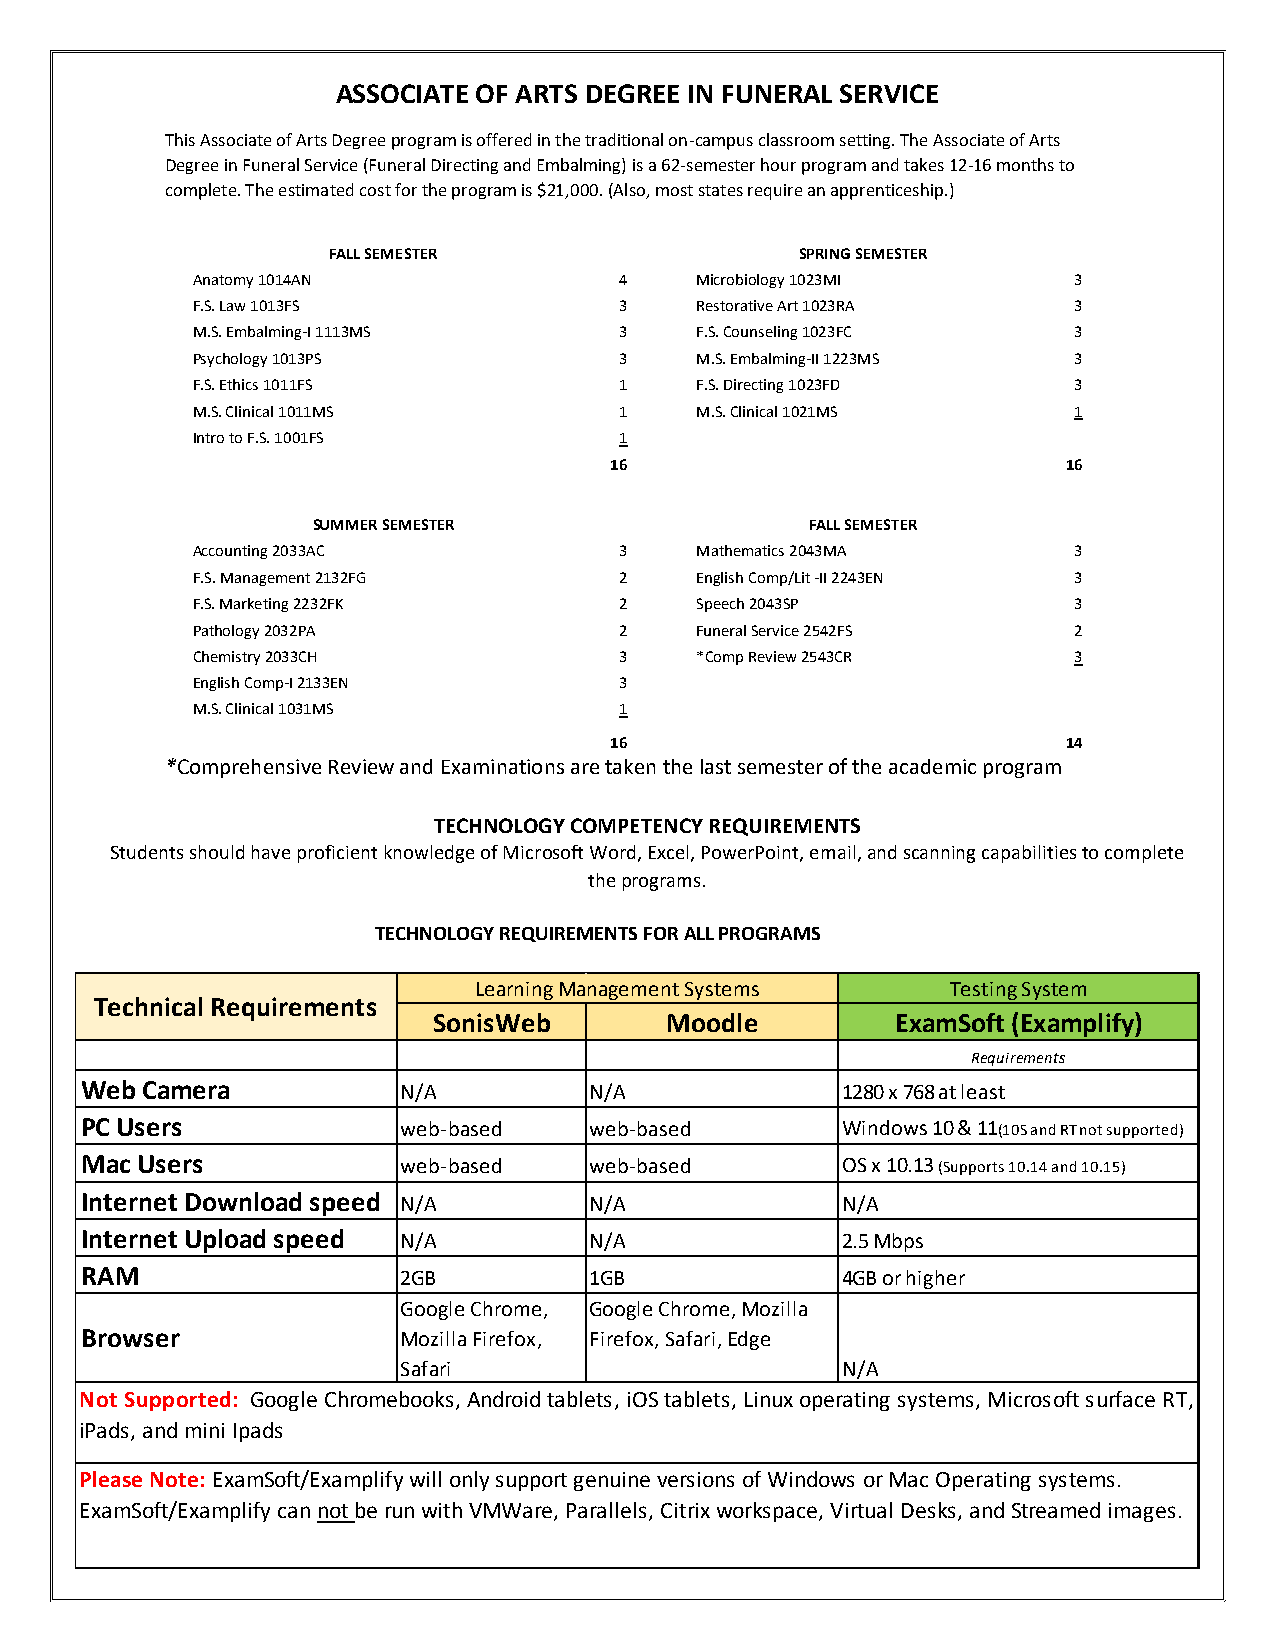
ASSOCIATE OF ARTS DEGREE IN FUNERAL SERVICE
 This Associate of Arts Degree program is offered in the traditional on-campus classroom setting. The Associate of Arts
 Degree in Funeral Service (Funeral Directing and Embalming) is a 62-semester hour program and takes 12-16 months to
 complete. The estimated cost for the program is $21,000. (Also, most states require an apprenticeship.)
 FALL SEMESTER                  SPRING SEMESTER
 Anatomy 1014AN              4    Microbiology 1023MI      3
 F.S. Law 1013FS             3    Restorative Art 1023RA   3
 M.S. Embalming-I 1113MS     3    F.S. Counseling 1023FC   3
 Psychology 1013PS           3    M.S. Embalming-II 1223MS 3
 F.S. Ethics 1011FS          1    F.S. Directing 1023FD    3
 M.S. Clinical 1011MS        1    M.S. Clinical 1021MS     1
 Intro to F.S. 1001FS        1
 16                             16
 SUMMER SEMESTER                  FALL SEMESTER
 Accounting 2033AC           3    Mathematics 2043MA       3
 F.S. Management 2132FG      2    English Comp/Lit -II 2243EN 3
 F.S. Marketing 2232FK       2    Speech 2043SP            3
 Pathology 2032PA            2    Funeral Service 2542FS   2
 Chemistry 2033CH            3    *Comp Review 2543CR      3
 English Comp-I 2133EN       3
 M.S. Clinical 1031MS        1
 16                             14
 *Comprehensive Review and Examinations are taken the last semester of the academic program
 TECHNOLOGY COMPETENCY REQUIREMENTS
 Students should have proficient knowledge of Microsoft Word, Excel, PowerPoint, email, and scanning capabilities to complete
 the programs.
 TECHNOLOGY REQUIREMENTS FOR ALL PROGRAMS
 Learning Management Systems     Testing System
 Technical Requirements
 SonisWeb       Moodle         ExamSoft (Examplify)
 Requirements
 Web Camera            N/A         N/A              1280 x 768 at least
 PC Users              web-based   web-based        Windows 10 & 11(10S and RT not supported)
 Mac Users             web-based   web-based        OS x 10.13 (Supports 10.14 and 10.15)
 Internet Download speed N/A       N/A              N/A
 Internet Upload speed N/A         N/A              2.5 Mbps
 RAM                   2GB         1GB              4GB or higher
 Google Chrome, Google Chrome, Mozilla
 Browser               Mozilla Firefox, Firefox, Safari, Edge
 Safari                       N/A
 Not Supported: Google Chromebooks, Android tablets, iOS tablets, Linux operating systems, Microsoft surface RT,
 iPads, and mini Ipads
 Please Note: ExamSoft/Examplify will only support genuine versions of Windows or Mac Operating systems.
 ExamSoft/Examplify can not be run with VMWare, Parallels, Citrix workspace, Virtual Desks, and Streamed images.